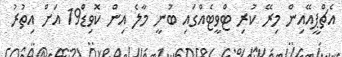
އެޗްޕީއޭއިން މިރޭ ކުރި ޓްވީޓެއްގައި ބުނީ މާލެ އިން ކޮވިޑް19 އަށް އިތުރު